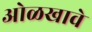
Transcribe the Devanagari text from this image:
ओळखावे